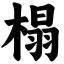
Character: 榻